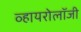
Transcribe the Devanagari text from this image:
व्हायरोलॉजी